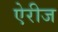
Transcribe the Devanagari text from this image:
ऐरीज